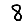
Digit: 8